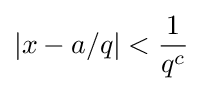
|x-a/q|<{\frac {1}{q^{c}}}